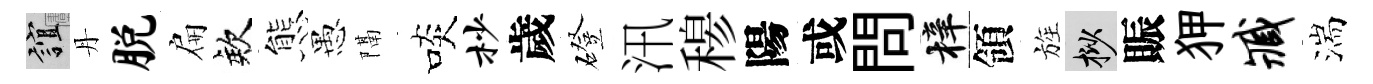
誼丹脱扁欸態愚隔啖杪歲磴汛𥠇陽或問梓領旌挲賑狎臧湍